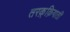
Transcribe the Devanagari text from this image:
तरक़्क़ियाती